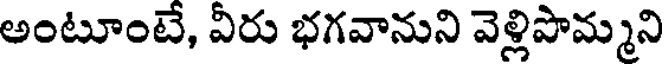
అంటూంటే, వీరు భగవానుని వెళ్లిపొమ్మని